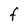
Character: F